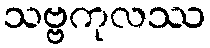
သဗ္ဗကုလဿ